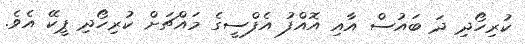
ކުރިހޯދި ދަ ބައުސް އާއި އޮއްފު އެފްސީގެ މައްޗަށް ކުރިހޯދި ޕީކޭ އެވެ.